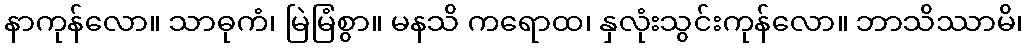
နာကုန်လော။ သာဓုကံ၊ မြဲမြံစွာ။ မနသိ ကရောထ၊ နှလုံးသွင်းကုန်လော။ ဘာသိဿာမိ၊